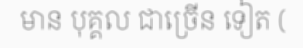
មាន បុគ្គល ជាច្រើន ទៀត (